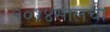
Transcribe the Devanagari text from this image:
२०१४सालचा